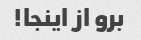
برو از اینجا!